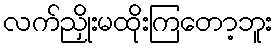
လက်ညှိုးမထိုးကြတော့ဘူး